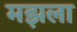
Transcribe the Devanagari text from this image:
मझला